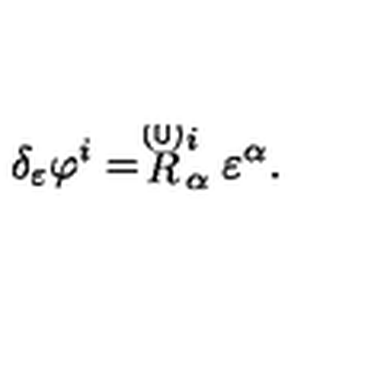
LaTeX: \delta _ { \varepsilon } \varphi ^ { i } = \stackrel { \smash { ( 0 ) } } { R } _ { \alpha } ^ { i } \varepsilon ^ { \alpha } .